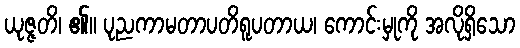
ယုဇ္ဇတိ၊ ၏။ ပုညကာမတာပတိရူပတာယ၊ ကောင်းမှုကို အလိုရှိသော